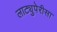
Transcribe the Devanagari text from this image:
लाट्युपेरीसा